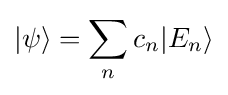
|\psi \rangle =\sum _{n}c_{n}|E_{n}\rangle